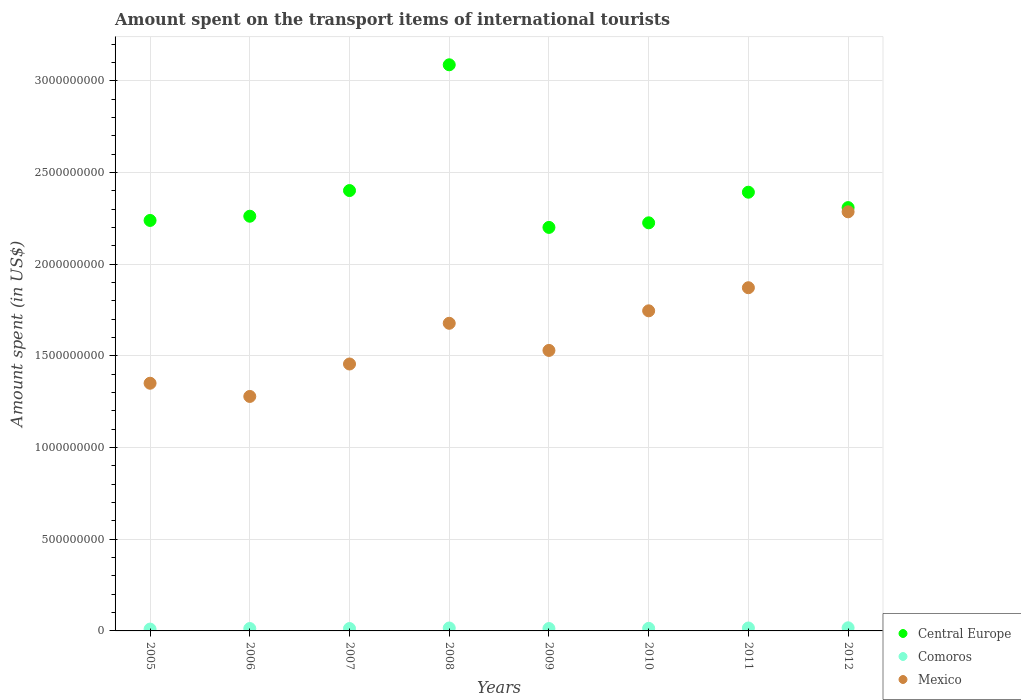
| Years | Central Europe | Comoros | Mexico |
 | --- | --- | --- | --- |
 | 2005 | 2.24e+09 | 1e+07 | 1.35e+09 |
 | 2006 | 2.26e+09 | 1.3e+07 | 1.28e+09 |
 | 2007 | 2.4e+09 | 1.3e+07 | 1.46e+09 |
 | 2008 | 3.09e+09 | 1.6e+07 | 1.68e+09 |
 | 2009 | 2.2e+09 | 1.3e+07 | 1.53e+09 |
 | 2010 | 2.23e+09 | 1.4e+07 | 1.75e+09 |
 | 2011 | 2.39e+09 | 1.6e+07 | 1.87e+09 |
 | 2012 | 2.31e+09 | 1.7e+07 | 2.29e+09 |